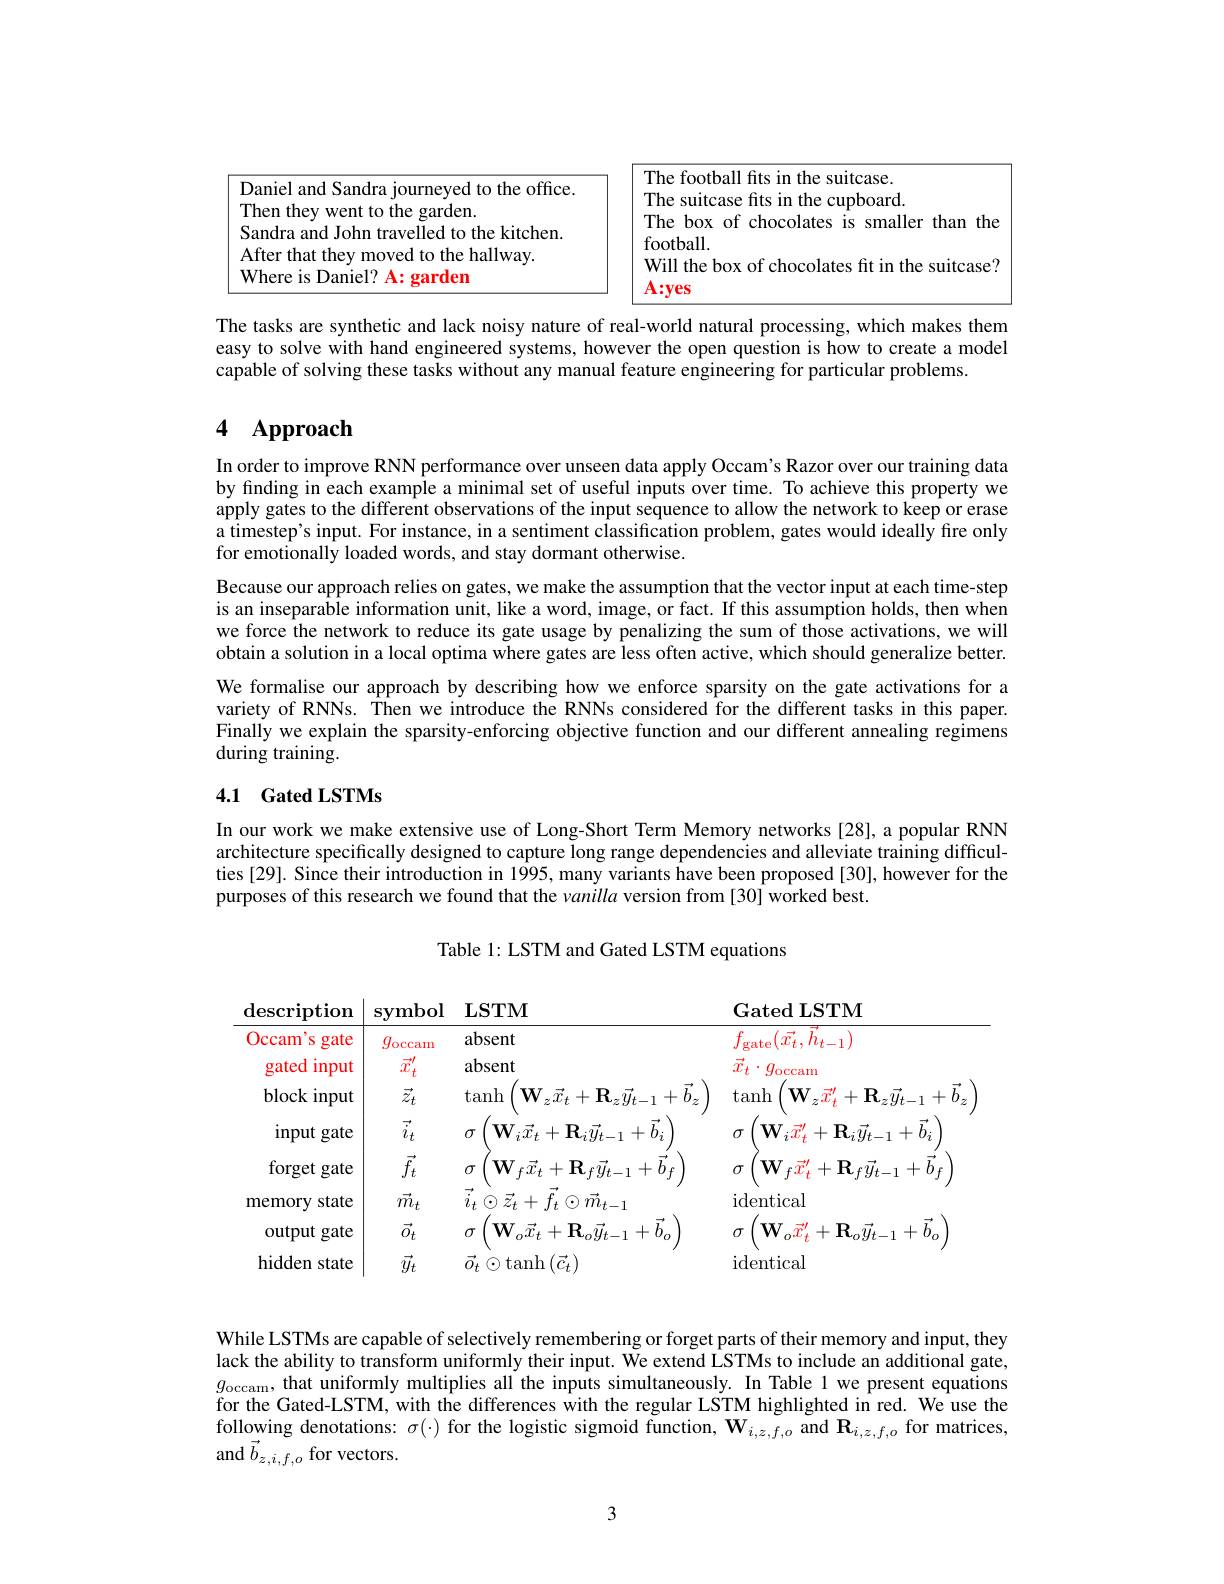
<table>
	<tbody>
		<tr>
			<td>$2nia$ the office</td>
			<td>The football fits in the suitcase.</td>
		</tr>
		<tr>
			<td> </td>
			<td>Sutcase 1m $\because1$ 10 1 board</td>
		</tr>
		<tr>
			<td> </td>
			<td>$\mathbf{h}0\mathbf{x}$ $mt$ chocc olates 1N smaller than</td>
		</tr>
		<tr>
			<td>hallwav</td>
			<td>MI</td>
		</tr>
		<tr>
			<td>Where is Daniel? A: garden</td>
			<td>.111 $A{:}\mathbf{ves}$</td>
		</tr>
	</tbody>
</table>
The tasks are synthetic and lack noisy nature of real-world natural processing, which makes them

easy to solve with hand engineered systems, however the open question is how to create a model
capable of solving these tasks without any manual feature engineering for particular problems.

# 4 Approach

In order to improve RNN performance over unseen data apply Occam's Razor over our training data by finding in each example a minimal set of useful inputs over time. To achieve this property we apply gates to the different observations of the input sequence to allow the network to keep or erase a timestep's input. For instance, in a sentiment classification problem, gates would ideally fire only for emotionally loaded words, and stay dormant otherwise.
Because our approach relies on gates, we make the assumption that the vector input at each time-step is an inseparable information unit, like a word, image, or fact. If this assumption holds, then when we force the network to reduce its gate usage by penalizing the sum of those activations, we will obtain a solution in a local optima where gates are less often active, which should generalize better. We formalise our approach by describing how we enforce sparsity on the gate activations for a variety of RNNs. Then we introduce the RNNs considered for the different tasks in this paper. Finally we explain the sparsity-enforcing objective function and our different annealing regimens during training.

## 4.1 Gated LSTMs

In our work we make extensive use of Long-Short Term Memory networks[28], a popular RNN architecture specifically designed to capture long range dependencies and alleviate training difficulties[29]. Since their introduction in 1995, many variants have been proposed [30], however for the purposes of this research we found that the vanilla version from [30] worked best.

Table 1: LSTM and Gated LSTM equations

<table>
	<tbody>
		<tr>
			<th>$\operatorname{lescription}$</th>
			<th>$\mathbf{LS'}$ $\mathbf{symbol}$</th>
			<th>ol $\mathbf{LSTM}$</th>
			<th>$\mathbf{GatedLSTM}$</th>
		</tr>
		<tr>
			<td>Occam S gate</td>
			<td>$abs\epsilon$ $g_{\mathrm{occam}}$</td>
			<td>absent 1</td>
			<td>$f_{\text{gate}}(\vec{x_t},h_{t-1})$</td>
		</tr>
		<tr>
			<td>input gated</td>
			<td>$\vec{x}_t^{\prime}$ absc</td>
			<td>absent</td>
			<td>$\vec{x}_t\cdot g_{\mathrm{occam}}$</td>
		</tr>
		<tr>
			<td>block input</td>
			<td>$\vec{z}_t$ $\tan$</td>
			<td>$\tan$h $\mathbf{W}_{z}\vec{x}_{t}+\mathbf{R}_{z}\vec{y}_{t}$</td>
			<td>$\mathbf{W}_{z}\vec{x}_{t}^{\prime}+\mathbf{R}_{z}\vec{y}_{t-1}+\bar{b}$ $\vec{y}_{t-1}+b_{z}$ tanh</td>
		</tr>
		<tr>
			<td>input gate</td>
			<td>$i_t$ $n$</td>
			<td>$\mathbf{W}_{i}\vec{x}_{t}+\mathbf{R}_{i}\vec{y}_{t-1}$ +</td>
			<td>$1+b_{i}$ $\mathbf{W}_{i}\vec{x}_{t}^{\prime}$ ${}_{t}^{\prime}+\mathbf{R}_{i}\vec{y}_{t-1}+b_{i}$ T</td>
		</tr>
		<tr>
			<td>forget :gate</td>
			<td>$\vec{f}_{t}$ 0</td>
			<td>$\mathbf{W}_{f}\vec{x}_{t}+\mathbf{R}_{f}\vec{y}_{t-1}$</td>
			<td>$-1+b_{t}$ $\mathbf{W}$ $f\vec{x}_{t}^{\prime}+\mathbf{R}_{f}\vec{y}_{t-1}+b_{f}$</td>
		</tr>
		<tr>
			<td>${\mathrm{nemory}}$ state</td>
			<td>$\vec{m}_{t}$ $l_{1}$</td>
			<td>$\odot\vec{z}_t+\vec{f}_t\odot\vec{m}_{t-1}$</td>
			<td>$\cdot1$ $\operatorname{identical}$</td>
		</tr>
		<tr>
			<td>output gate</td>
			<td>$\vec{o}_t$ $\sigma$</td>
			<td>$\mathbf{W}_{o}\vec{x}_{t}+\mathbf{R}_{o}\vec{y}_{t-1}+$</td>
			<td>$\mathbf{W}_{o}\vec{x}_{t}^{\prime}+\mathbf{R}_{o}\vec{y}_{t-1}+\vec{b}_{o}$ -1+ $h$ 1</td>
		</tr>
		<tr>
			<td>hidden state</td>
			<td>$\vec{y}_{t}$ 、 111.</td>
			<td>$\vec{o}_{t}\odot$tanh$(\vec{c}_{t})$</td>
			<td>$\operatorname{identical}$</td>
		</tr>
	</tbody>
</table>

While LSTMs are capable of selectively remembering or forget parts of their memory and input, they lack the ability to transform uniformly their input. We extend LSTMs to include an additional gate, $g_{\mathrm{occam}}$, that uniformly multiplies all the inputs simultaneously. In Table 1 we present equations for the Gated-LSTM, with the differences with the regular LSTM highlighted in red. We use the $\operatorname*{following}_{\vec{\text{ denotations: }\sigma(\cdot)}}$ for the logistic sigmoid function, $\mathbf{W}_i,z,f,o$ and $\mathbf{R}_i,z,f,o$ for matrices, and $\vec{b}_{z,i,f,o}$ for vectors.

3